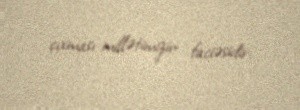
çıxması millətimizin faciəsidir.